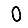
Digit: 0